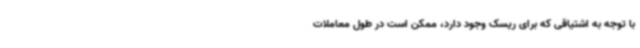
با توجه به اشتیاقی که برای ریسک وجود دارد، ممکن است در طول معاملات